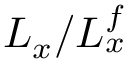
L _ { x } / L _ { x } ^ { f }